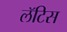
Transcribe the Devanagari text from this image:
लॅटिस